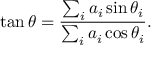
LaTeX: \tan \theta = { \frac { \sum _ { i } a _ { i } \sin \theta _ { i } } { \sum _ { i } a _ { i } \cos \theta _ { i } } } .